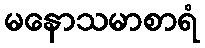
မနောသမာစာရံ